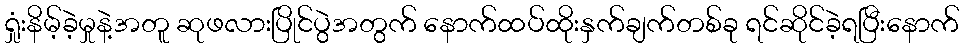
ရှုံးနိမ့်ခဲ့မှုနဲ့အတူ ဆုဖလားပြိုင်ပွဲအတွက် နောက်ထပ်ထိုးနှက်ချက်တစ်ခု ရင်ဆိုင်ခဲ့ရပြီးနောက်